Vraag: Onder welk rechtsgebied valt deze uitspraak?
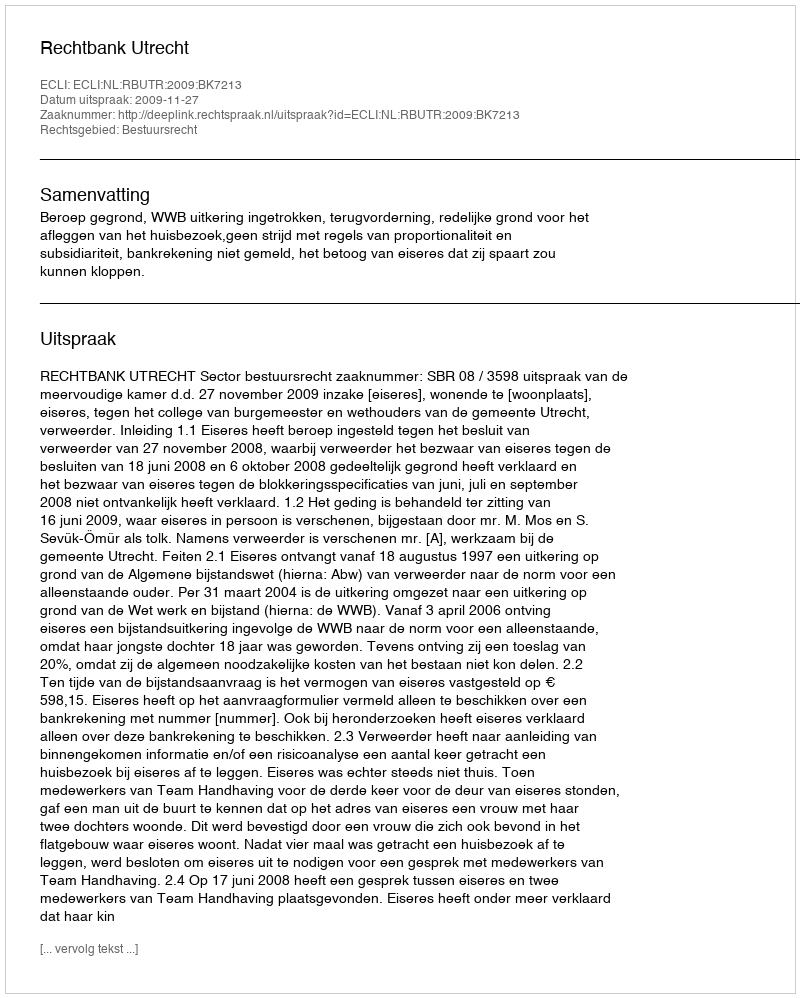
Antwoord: Bestuursrecht